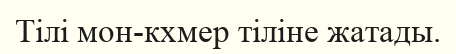
Тілі мон-кхмер тіліне жатады.